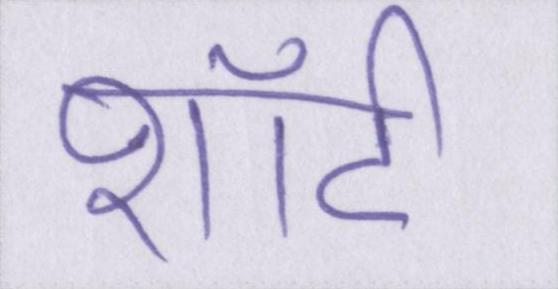
शॉर्ट